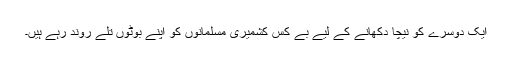
ایک دوسرے کو نیچا دکھانے کے لیے بے کس کشمیری مسلمانوں کو اپنے بوٹوں تلے روند رہے ہیں۔